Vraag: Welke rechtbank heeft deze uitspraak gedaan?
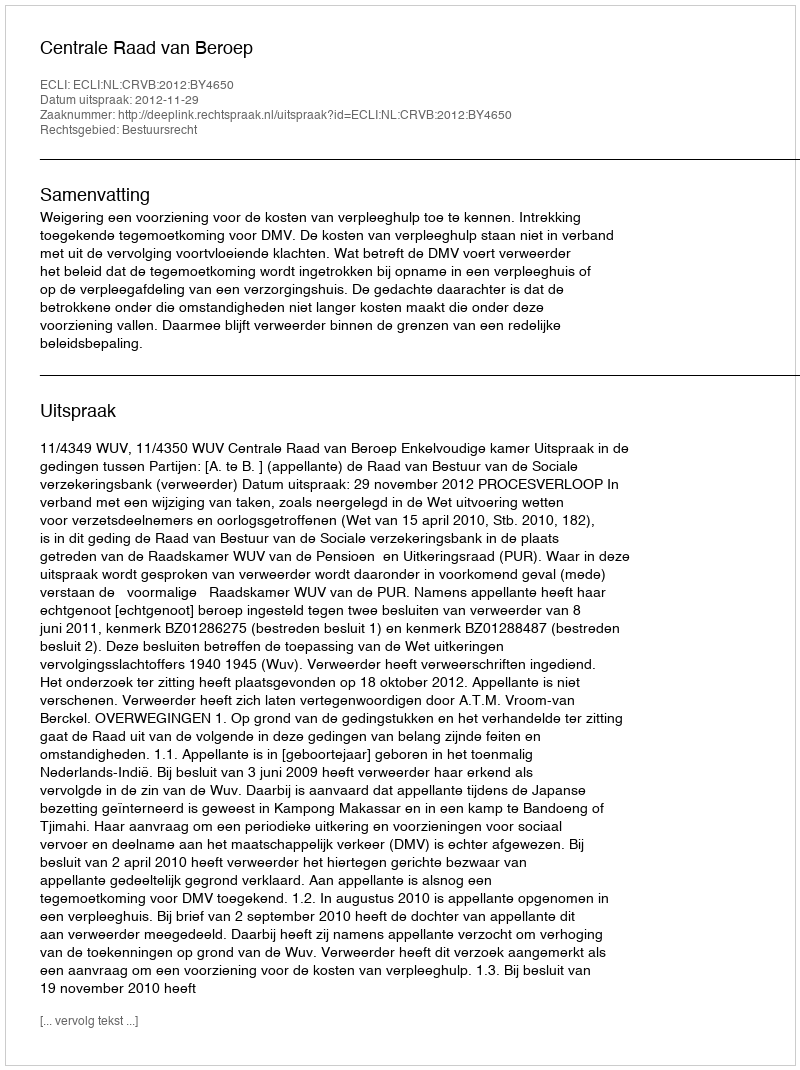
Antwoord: Centrale Raad van Beroep